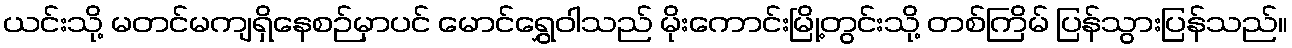
ယင်းသို့ မတင်မကျရှိနေစဉ်မှာပင် မောင်ရွှေဝါသည် မိုးကောင်းမြို့တွင်းသို့ တစ်ကြိမ် ပြန်သွားပြန်သည်။